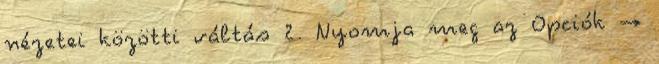
nézetei közötti váltás 2. Nyomja meg az Opciók →